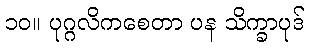
၁၀။ ပုဂ္ဂလိကစေတာ ပန သိက္ခာပုဒ်